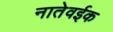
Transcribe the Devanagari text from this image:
नातेवईक